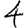
Digit: 4